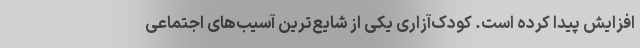
افزایش پیدا کرده است. کودک‌آزاری یکی از شایع‌ترین آسیب‌های اجتماعی